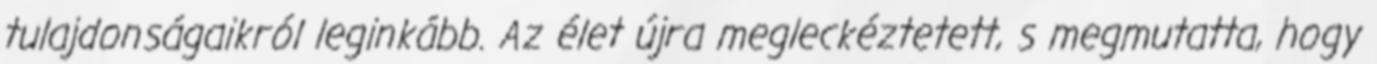
tulajdonságaikról leginkább. Az élet újra megleckéztetett, s megmutatta, hogy